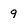
Character: 9